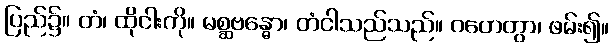
ပြည်၌။ တံ၊ ထိုငါးကို။ မစ္ဆဗန္ဓော၊ တံငါသည်သည်။ ဂဟေတွာ၊ ဖမ်း၍။